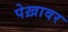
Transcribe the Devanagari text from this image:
पेख़ावर